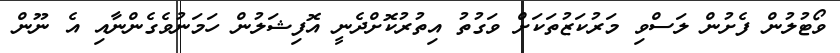
ވޯޓުލުން ފެށުން ލަސްވި މަރުކަޒުތަކަށް ވަގުތު އިތުރުކޮށްދެނީ އޮފިޝަލުން ހަމަނުވެގެންނާއި އެ ނޫން